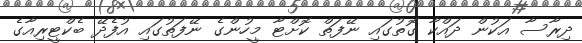
ދިރާސާ އަކުން ދައްކާ ގޮތުގައި ނޭފަތް ކޮށްޓާ މީހުންގެ ނޭފަތުގައި އުފެދޭ ބެކްޓީރިއާގެ